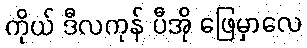
ကိုယ် ဒီလကုန် ပီအို ဖြေမှာလေ